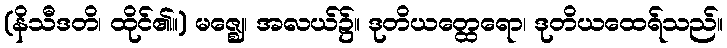
(နိသီဒတိ၊ ထိုင်၏။) မဇ္ဈေ၊ အလယ်၌။ ဒုတိယတ္ထေရော၊ ဒုတိယထေရ်သည်။